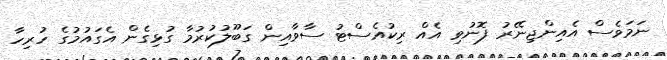
ނަމަވެސް އެއިންޖިނޭރު ފޮނުވި އެއް ރިކުއެސްޓު ސާވާއިން ގަބޫލުކުރުމާ ގުޅިގެން އެގައުމުގެ ހުރިހާ